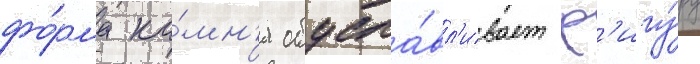
фо́рма ка́мн'я обусла́вл'ивает ф'игу́ру